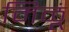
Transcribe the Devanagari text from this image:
मिळूं